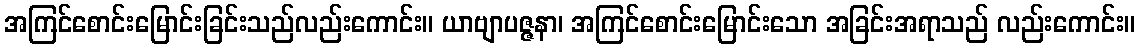
အကြင်စောင်းမြောင်းခြင်းသည်လည်းကောင်း။ ယာဗျာပဇ္ဇနာ၊ အကြင်စောင်းမြောင်းသော အခြင်းအရာသည် လည်းကောင်း။